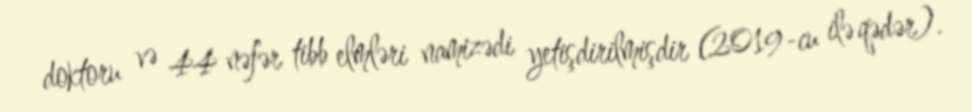
doktoru və 44 nəfər tibb elmləri namizədi yetişdirilmişdir (2019-cu ilə qədər).